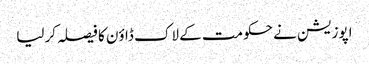
اپوزیشن نے حکومت کے لاک ڈاؤن کا فیصلہ کرلیا